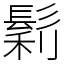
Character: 鬁